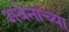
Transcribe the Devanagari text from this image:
अथेनाच्या